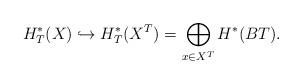
LaTeX: \begin{align*}H^*_T(X)\hookrightarrow H^*_T(X^T)= \bigoplus_{x\in X^T} H^*(BT).\end{align*}